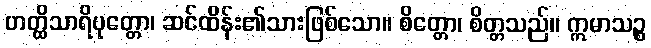
ဟတ္ထိသာရိပုတ္တော၊ ဆင်ထိန်း၏သားဖြစ်သော။ စိတ္တော၊ စိတ္တသည်။ ဣမာသဉ္စ